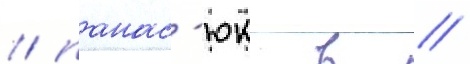
/ панас'юк в //